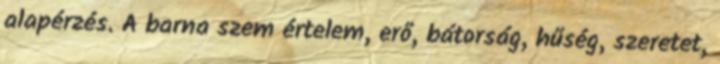
alapérzés. A barna szem értelem, erő, bátorság, hűség, szeretet,